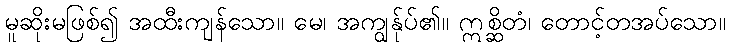
မူဆိုးမဖြစ်၍ အထီးကျန်သော။ မေ၊ အကျွန်ုပ်၏။ ဣစ္ဆိတံ၊ တောင့်တအပ်သော။